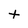
Character: t